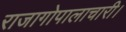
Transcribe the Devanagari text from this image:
राजागोपालाचारी।